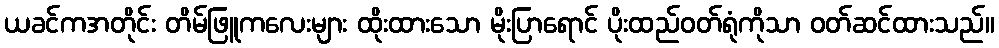
ယခင်ကအတိုင်း တိမ်ဖြူကလေးများ ထိုးထားသော မိုးပြာရောင် ပိုးထည်ဝတ်ရုံကိုသာ ဝတ်ဆင်ထားသည်။